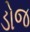
ડોજ